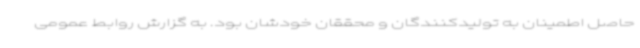
حاصل اطمینان به تولیدکنندگان و محققان خودشان بود. به گزارش روابط عمومی